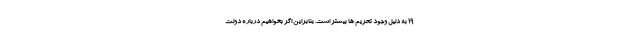
۱۹ به دلیل وجود تحریم ها بیشتر است. بنابراین اگر بخواهیم درباره دولت